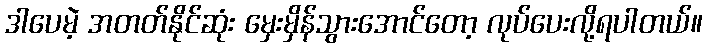
ဒါပေမဲ့ အတတ်နိုင်ဆုံး မှေးမှိန်သွားအောင်တော့ လုပ်ပေးလို့ရပါတယ်။